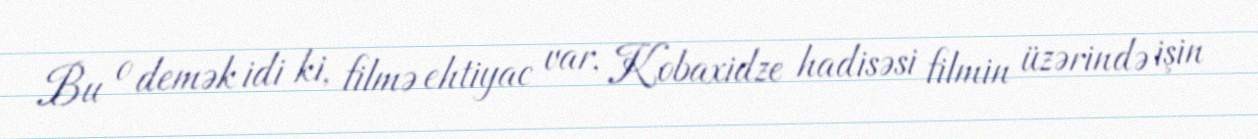
Bu o demək idi ki, filmə ehtiyac var, Kobaxidze hadisəsi filmin üzərində işin